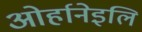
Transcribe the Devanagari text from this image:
ओर्हानेइलि